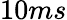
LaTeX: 10ms